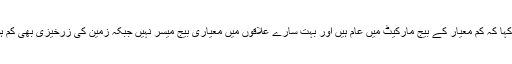
انہوں نے مزید کہا کہ کم معیار کے بیج مارکیٹ میں عام ہیں اور بہت سارے علاقوں میں معیاری بیج میسر نہیں جبکہ زمین کی زرخیزی بھی کم ہوتی جارہی ہے۔